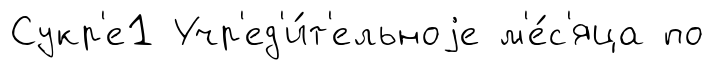
Сукр'е1 Учр'ед'и́т'ельноjе м'е́с'яца по